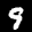
Label: 9